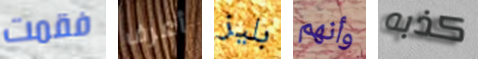
فقمت أعرف بليز وأنهم كذبه